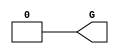
// $Header: /devl/xcs/repo/env/Databases/CAEInterfaces/verunilibs/data/unisims/GND.v,v 1.4.158.1 2007/03/09 18:13:03 patrickp Exp $
///////////////////////////////////////////////////////////////////////////////
// Copyright (c) 1995/2004 Xilinx, Inc.
// All Right Reserved.
///////////////////////////////////////////////////////////////////////////////
//   ____  ____
//  /   /\/   /
// /___/  \  /    Vendor : Xilinx
// \   \   \/     Version : 8.1i (I.13)
//  \   \         Description : Xilinx Functional Simulation Library Component
//  /   /                  GND Connection
// /___/   /\     Filename : GND.v
// \   \  /  \    Timestamp : Thu Mar 25 16:42:19 PST 2004
//  \___\/\___\
//
// Revision:
//    03/23/04 - Initial version.
// End Revision

`timescale  100 ps / 10 ps


module GND(G);

    output G;

	assign G = 1'b0;

endmodule